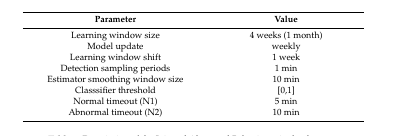
<table><thead><tr><td><b>Parameter</b></td><td><b>Value</b></td></tr></thead><tbody><tr><td>Learning window size</td><td>4 weeks (1 month)</td></tr><tr><td>Model update</td><td>weekly</td></tr><tr><td>Learning window shift</td><td>1 week</td></tr><tr><td>Detection sampling periods</td><td>1 min</td></tr><tr><td>Estimator smoothing window size</td><td>10 min</td></tr><tr><td>Classsifier threshold</td><td>[0,1]</td></tr><tr><td>Normal timeout (N1)</td><td>5 min</td></tr><tr><td>Abnormal timeout (N2)</td><td>10 min</td></tr></tbody></table>